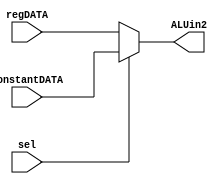
`timescale 1ns / 1ps
module ALUmux(constantDATA,regDATA,sel,ALUin2);
input [7:0]constantDATA,regDATA;
input sel;
output reg [7:0]ALUin2;

always@(*)
begin
	if(sel) ALUin2=constantDATA;
	else ALUin2=regDATA;
end

endmodule